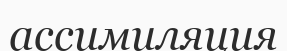
ассимиляция